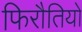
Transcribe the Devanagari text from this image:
फिरौतियों